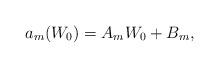
LaTeX: \begin{align*}a_m(W_0)=A_mW_0+B_m, \end{align*}